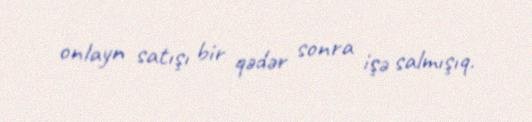
onlayn satışı bir qədər sonra işə salmışıq.